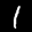
Label: 1